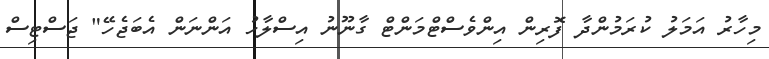
މިހާރު އަމަލު ކުރަމުންދާ ފޮރިން އިންވެސްޓްމަންޓް ގާނޫނު އިސްލާހު އަންނަން އެބަޖެހޭ" ޖަސްޓިސް